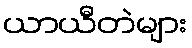
ယာယီတဲများ